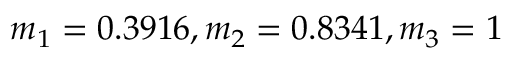
m _ { 1 } = 0 . 3 9 1 6 , m _ { 2 } = 0 . 8 3 4 1 , m _ { 3 } = 1